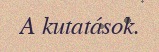
A kutatások.